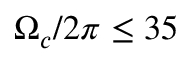
\Omega _ { c } / 2 \pi \leq 3 5